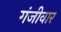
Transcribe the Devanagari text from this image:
गंजीवार